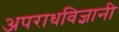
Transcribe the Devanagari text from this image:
अपराधविज्ञानी